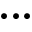
\bullet \bullet \bullet